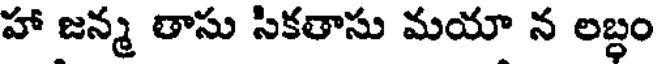
హా జన్మ తాసు సికతాసు మయా న లబ్ధం